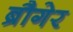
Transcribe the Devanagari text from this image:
ब्रौगेर